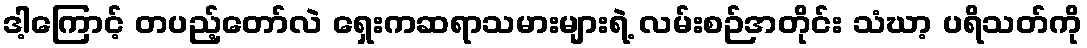
ဒါ့ကြောင့် တပည့်တော်လဲ ရှေးကဆရာသမားများရဲ့ လမ်းစဉ်အတိုင်း သံဃာ့ ပရိသတ်ကို